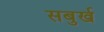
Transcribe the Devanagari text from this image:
सबुर्ख